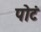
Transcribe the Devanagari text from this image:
पोटं